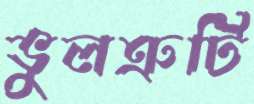
ভুলত্রুটি